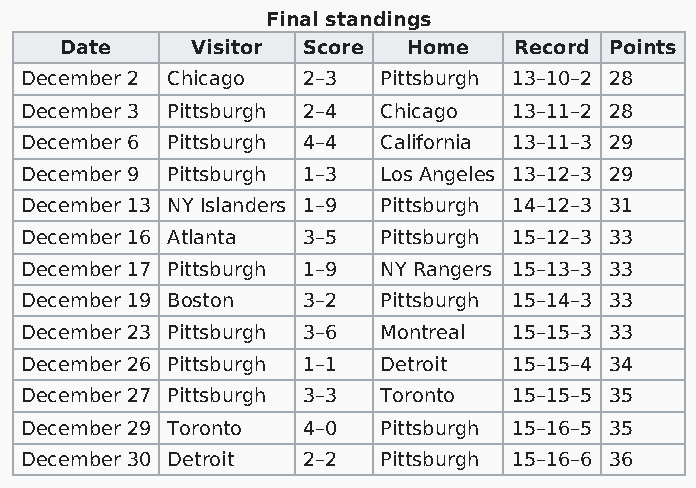
Final standings
 Date     Visitor Score Home   Record Points
 December 2 Chicago 2–3  Pittsburgh 13–10–2 28
 December 3 Pittsburgh 2–4 Chicago 13–11–2 28
 December 6 Pittsburgh 4–4 California 13–11–3 29
 December 9 Pittsburgh 1–3 Los Angeles 13–12–3 29
 December 13 NY Islanders 1–9 Pittsburgh 14–12–3 31
 December 16 Atlanta 3–5 Pittsburgh 15–12–3 33
 December 17 Pittsburgh 1–9 NY Rangers 15–13–3 33
 December 19 Boston 3–2  Pittsburgh 15–14–3 33
 December 23 Pittsburgh 3–6 Montreal 15–15–3 33
 December 26 Pittsburgh 1–1 Detroit 15–15–4 34
 December 27 Pittsburgh 3–3 Toronto 15–15–5 35
 December 29 Toronto 4–0 Pittsburgh 15–16–5 35
 December 30 Detroit 2–2 Pittsburgh 15–16–6 36